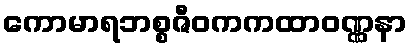
ကောမာရဘစ္စဇီဝကကထာဝဏ္ဏနာ